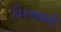
વિકસાવવી